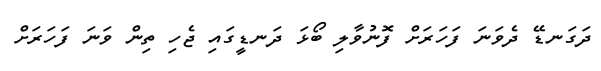
ދަގަނޑޭ ދެވަނަ ފަހަރަށް ފޮނުވާލި ބޯޅަ ދަނޑީގައި ޖެހި ތިން ވަނަ ފަހަރަށް